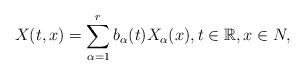
LaTeX: \begin{align*} X(t,x) = \sum_{\alpha = 1}^r b_\alpha(t) X_\alpha(x),t\in \mathbb{R},x\in N,\end{align*}